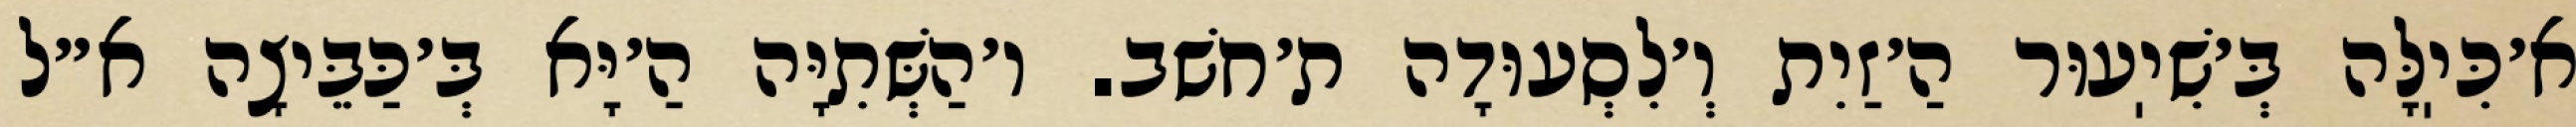
א׳כִּיֽלָּה בְּ׳שִׁיֽעוּר הַ׳זַיִת וְ׳לִסְעוּדָה ת׳חשׁב. ו׳הַשְּׁתִיָּה הַ׳יָּא בְּ׳כַּבֵּיצָה א״ל